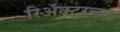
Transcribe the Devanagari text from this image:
रिॲक्टरच्या